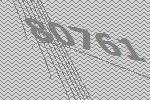
80761